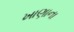
ખાણાના